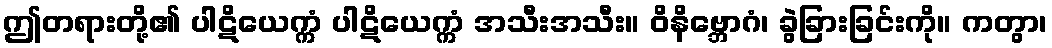
ဤတရားတို့၏ ပါဋိယေက္ကံ ပါဋိယေက္ကံ အသီးအသီး။ ဝိနိဗ္ဘောဂံ၊ ခွဲခြားခြင်းကို။ ကတွာ၊